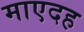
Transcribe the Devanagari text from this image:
माएदह